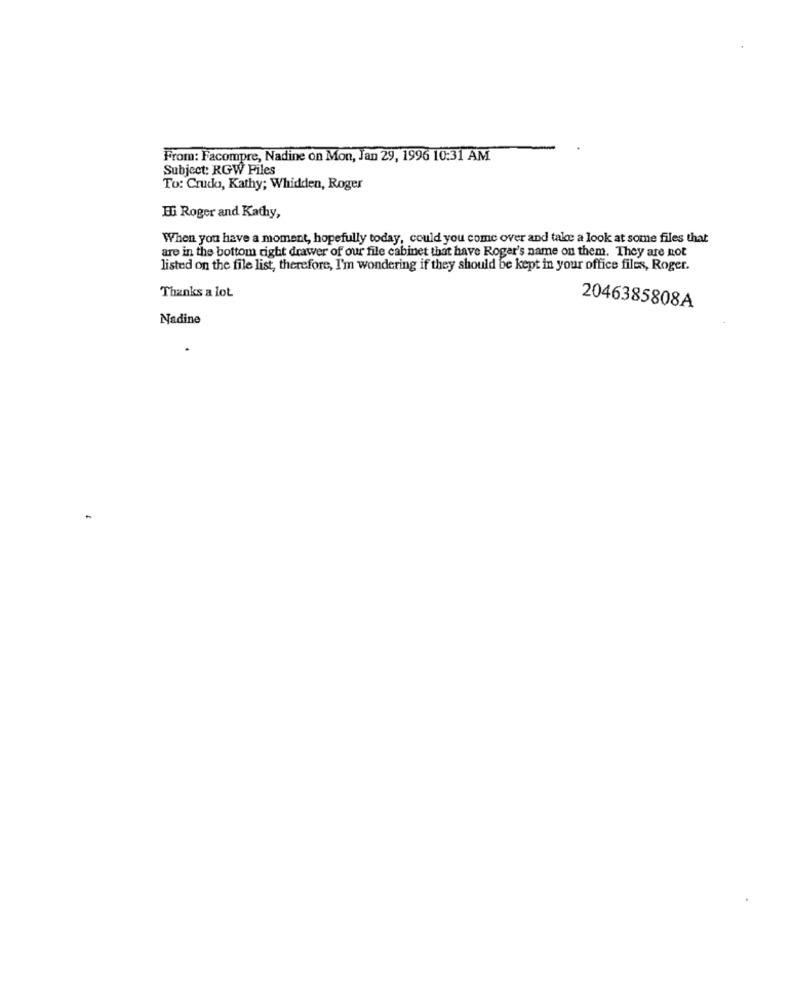
From: Facompre, Nadine on Mon, Jan 29, 1996 10:31 AM
Subject: RGW Files
To: Crudo, Kathy; Whidden, Roger
BG Roger and Kathy,
When you have a moment, hopefully today, could you come over and take a look at some files that
are in the bottom right drawer of our file cabinet that have Roger's name on them. They are not
listed on the file list, therefore, I'm wondering if they should be kept in your office files, Roger.
Thanks a lot
2046385808A
Nadine